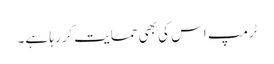
ٹرمپ اس کی بھی حمایت کررہا ہے۔